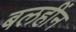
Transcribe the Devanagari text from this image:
बलहींन